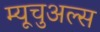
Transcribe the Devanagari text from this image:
म्यूचुअल्स